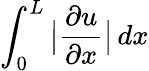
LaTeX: \int_{0}^{L}\big|\frac{\partial u}{\partial x}\big|\mathop{dx}